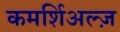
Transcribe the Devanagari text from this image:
कमर्शिअल्ज़